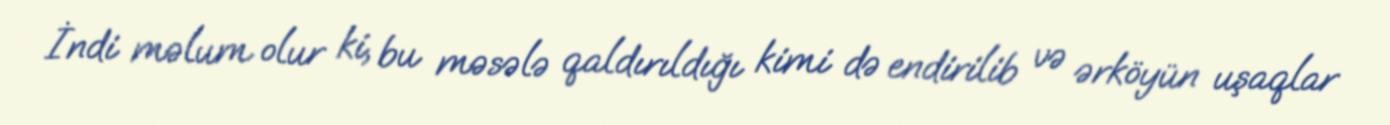
İndi məlum olur ki, bu məsələ qaldırıldığı kimi də endirilib və ərköyün uşaqlar